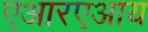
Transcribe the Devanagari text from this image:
एआरएआय